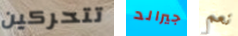
تتحركين جيرالد نعم